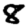
Digit: 8